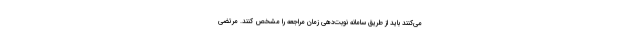
می‌کنند باید از طریق سامانه نوبت‌دهی زمان مراجعه را مشخص کنند. مرتضی